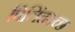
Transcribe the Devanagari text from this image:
पिलिंदवच्छ